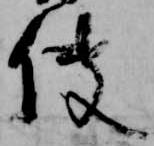
使